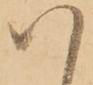
ハ